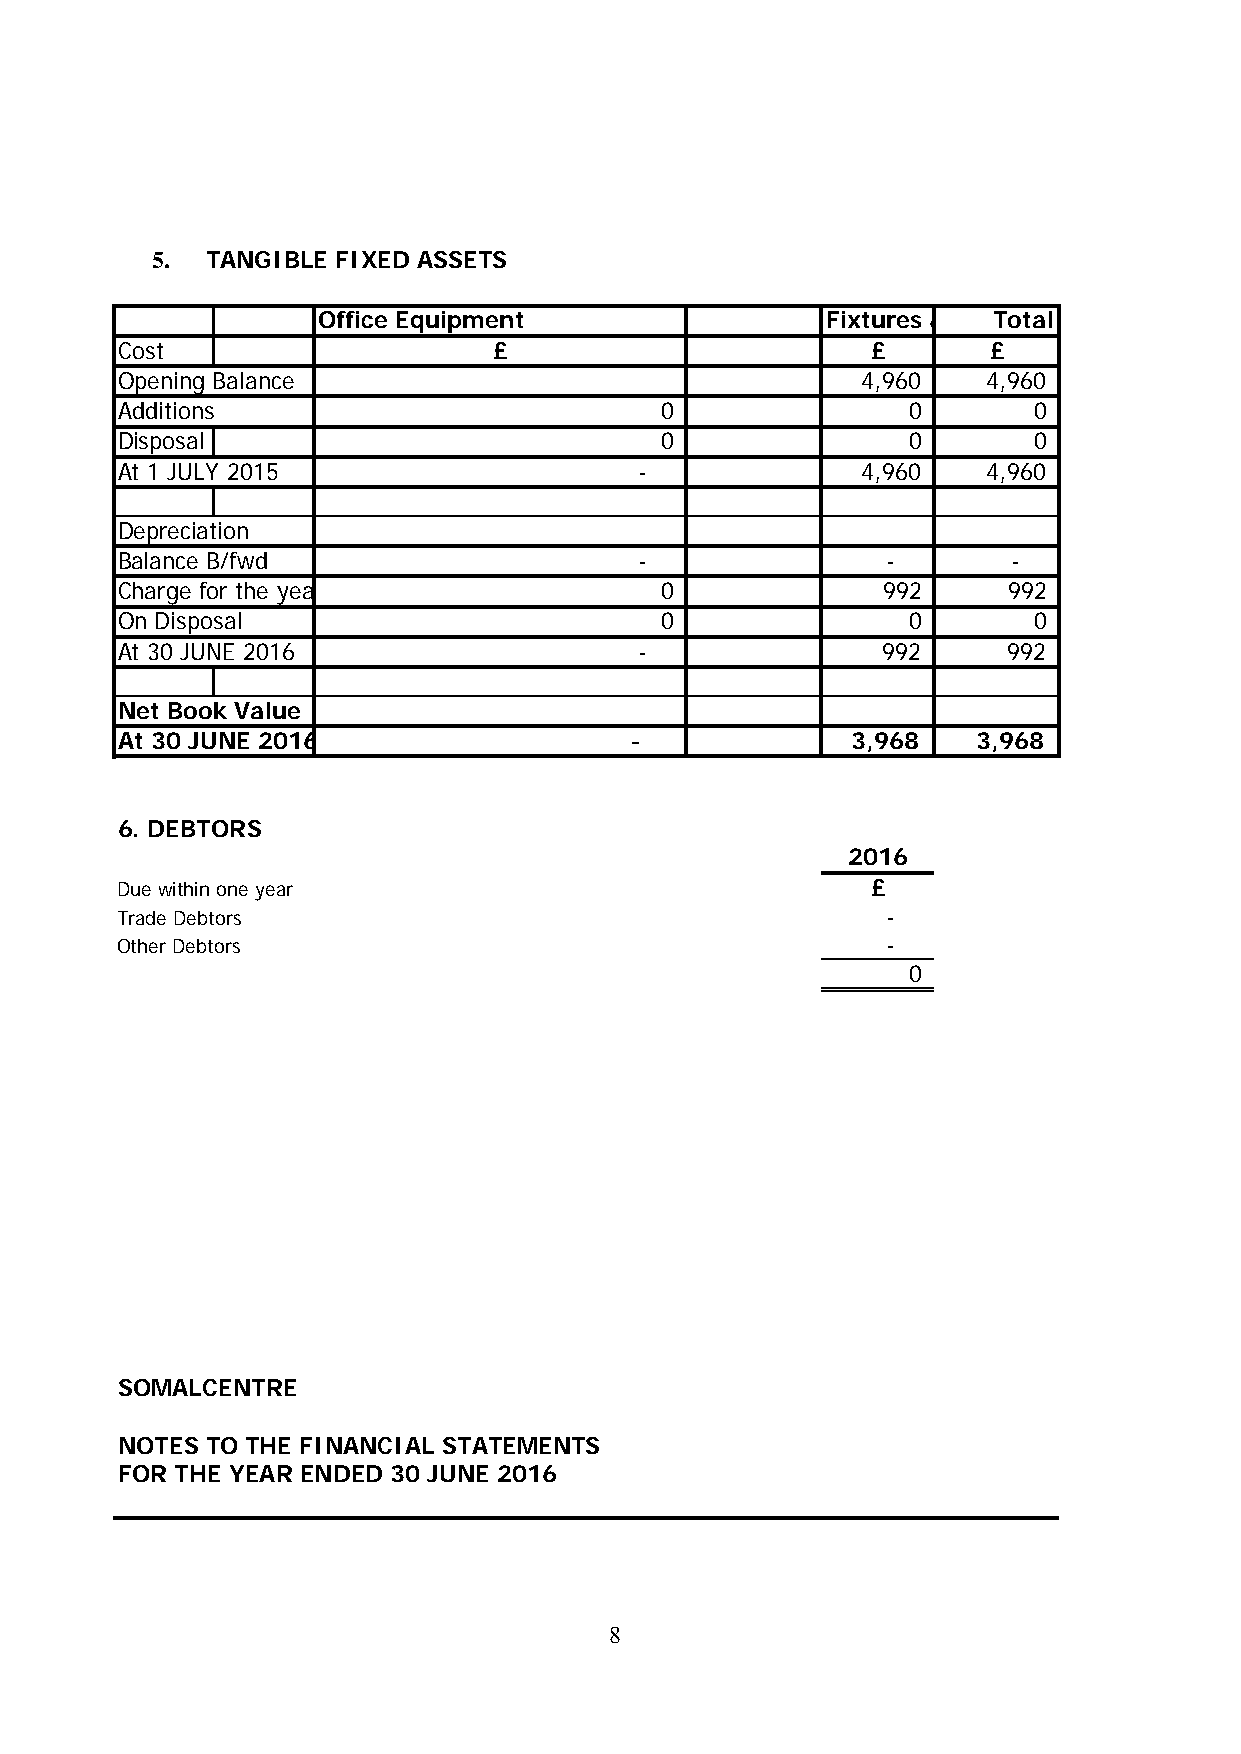
5.  TANGIBLE FIXED ASSETS
 Office Equipment                  Fixtures & Total
 Cost                     £                        £       £
 Opening Balance                                  4,960   4,960
 Additions                           0               0        0
 Disposal                            0               0        0
 At 1 JULY 2015                    -              4,960   4,960
 Depreciation
 Balance B/fwd                     -                -       -
 Charge for the yea                  0              992     992
 On Disposal                         0               0        0
 At 30 JUNE 2016                   -                992     9 92
 Net Book Value
 At 30 JUNE 2016                   -              3,968   3 ,968
 6. DEBTORS
 2016
 Due within one year                               £
 Trade Debtors                                      -
 Other Debtors                                      -
 0
 SOMALCENTRE
 NOTES TO THE FINANCIAL STATEMENTS
 FOR THE YEAR ENDED 30 JUNE 2016
 8